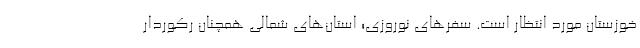
خوزستان مورد انتظار است. سفرهای نوروزی؛ استان‌های شمالی همچنان رکوردار